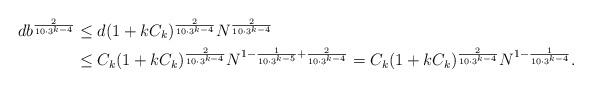
LaTeX: \begin{align*}d b^{\frac{2}{10 \cdot 3^{k-4}}} &\le d (1 + k C_k)^{\frac{2}{10 \cdot 3^{k-4}}} N^{\frac{2} {10 \cdot 3^{k-4}}} \\&\le C_k (1 + k C_k)^{\frac{2}{10 \cdot 3^{k-4}}} N^{1 - \frac{1}{10 \cdot 3^{k-5}} + \frac{2}{10 \cdot 3^{k-4}}} = C_k (1 + k C_k)^{\frac{2}{10 \cdot 3^{k-4}}} N^{1 - \frac{1}{10 \cdot 3^{k-4}}}.\end{align*}